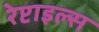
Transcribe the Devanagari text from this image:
रेप्टाइल्स